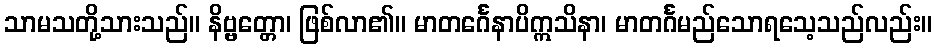
သာမသတို့သားသည်။ နိဗ္ဗတ္တော၊ ဖြစ်လာ၏။ မာတင်္ဂေနာပိဣသိနာ၊ မာတင်္ဂမည်သောရသေ့သည်လည်း။